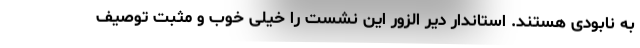
به نابودی هستند. استاندار دیر الزور این نشست را خیلی خوب و مثبت توصیف